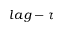
l a g - \tau